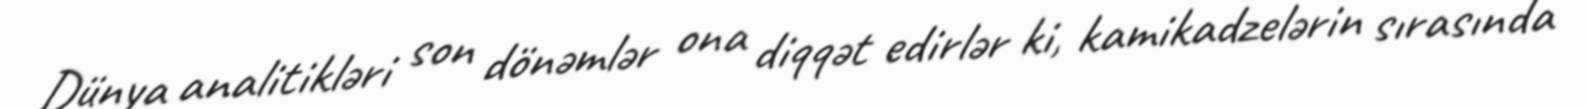
Dünya analitikləri son dönəmlər ona diqqət edirlər ki, kamikadzelərin sırasında